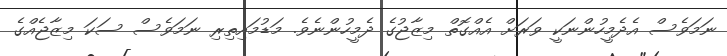
ނަމަވެސް އެދެމީހުންނަކީ ވަރަށް އެއްގޮތް މިޒާޖުގެ ދެމީހުންނެވެ. މަޑުމައިތިރި ނަމަވެސް ސަކަ މިޒާޖެއްގެ